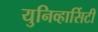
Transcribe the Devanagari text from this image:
युनिव्हार्सिटी